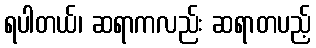
ရပါတယ်၊ ဆရာကလည်း ဆရာတပည့်